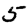
Digit: 5